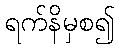
ရက်နိမှစ၍